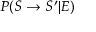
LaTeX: P ( S \rightarrow S ^ { \prime } | E )